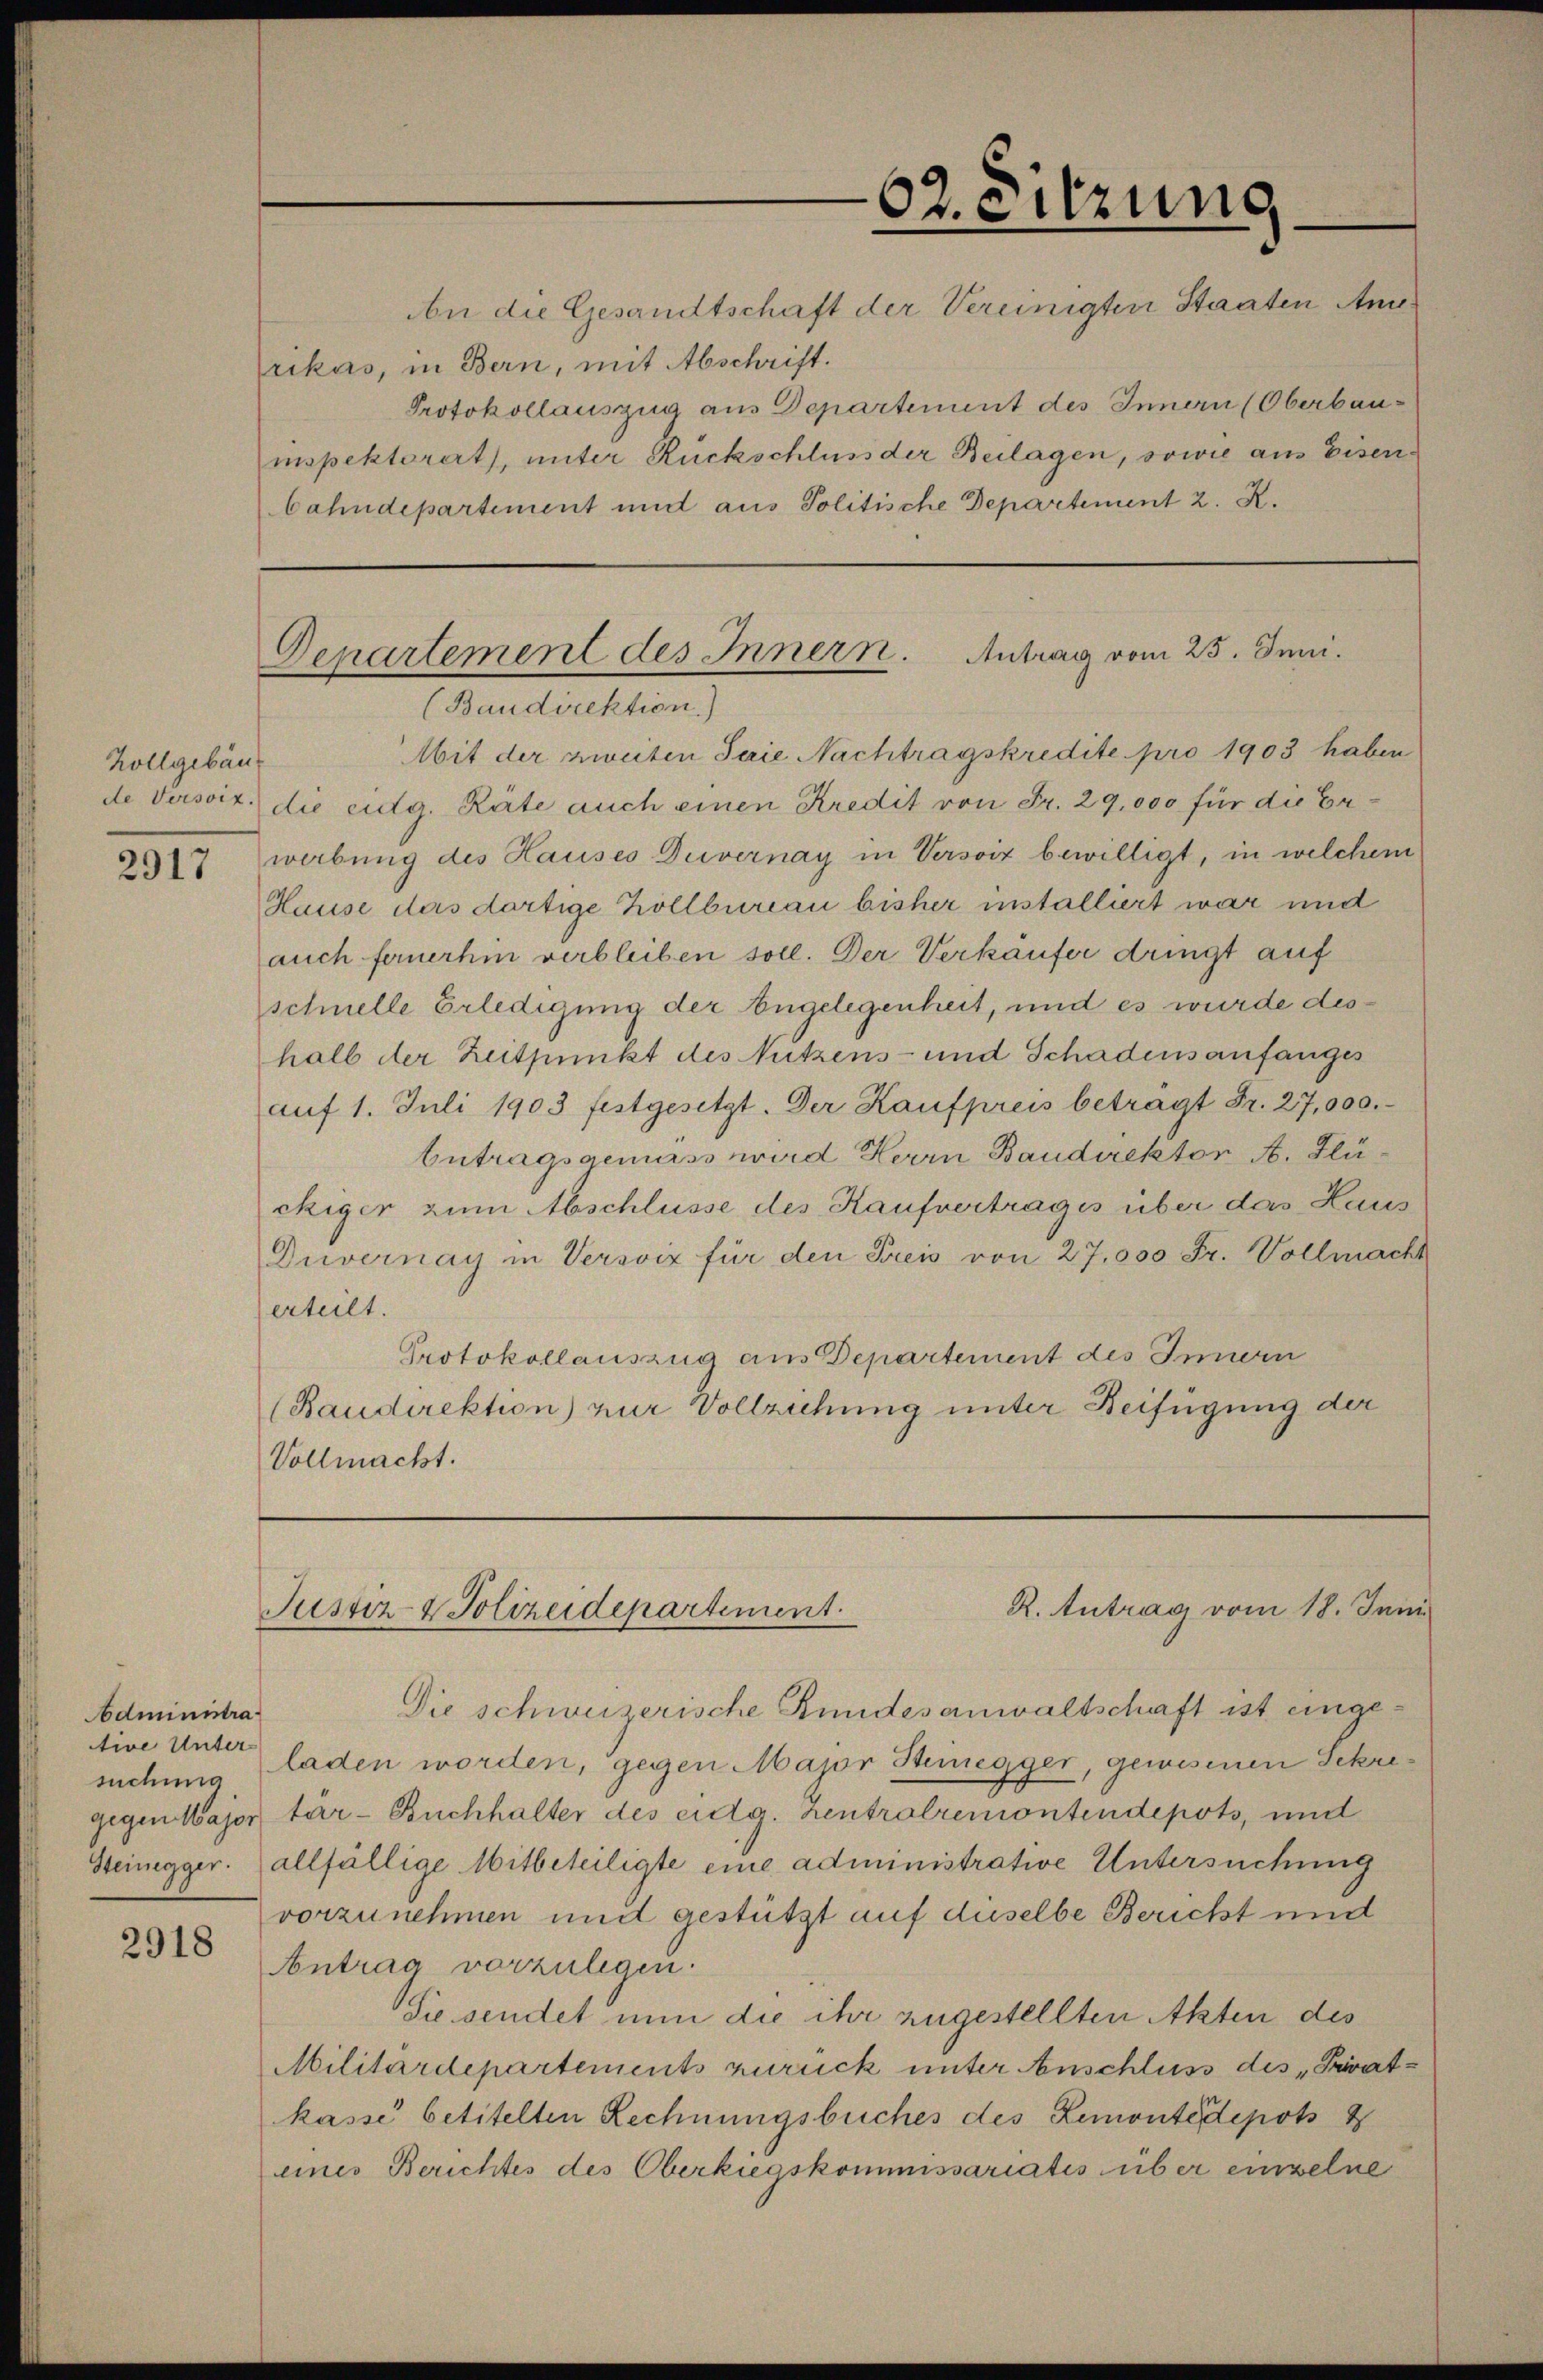
Zollgebäu

2917

Administra
tive Unter

2918

rikas, in Bern, mit Abschrift.
Protokollauszug aus Departement des Innern (Oberbaumspektorert, unter Rückschluss der Beilagen, sowie aus Eisenbahndepartement und aus Politische Departement 2. R.

Mit der zweiten Saie Nachtragskredite pro 1903 haben
de Versoit, die eidg. Räte auch einen Kredit von Fr. 29,000 für die Erwerbung des Hauses Duvernay in Versoiz bewilligt, in welchem
Hause das dortige Höllbureau bisher installirt war und
auch fernerhin verbleiben soll. Der Verkäufer dringt auf
schnelle Erledigung der Angelegenheit, und es wurde deshalb der Zeitpunkt des Nutzens- und Schadensanfanges
aŭf 1. Juli 1903 festgesetzt. Der Kaufpreis betragt Fr. 27,000.
betragsgemäss wird Herrn Baudirektor A. Flückiger zum Abschlüsse des Kaufvertrages über das Haus
Duvernay in Versviz für den Preis von 27,000 Fr. Vollmacht
erteilt.
Protokollauszug aus Departement des Innern
(Baudirektion) zur Vollziehung unter Beifügung der
Vollmacht.

62. eitzung
An die Gesandtschaft der Vereinigten Staaten Ane

Departement des Innern. Antrag vom 25. Juni.
(Baudirektion)

R. Antrag vom 18. Juni
Justiz- & Polizeidepartement.

Die schweizerische Rundesanwaltschaft ist eingesuchung (laden worden, gegen Major Stenegger, gewesenen Sekregegen Major tär-Buchhalter des eidg. Zentrolremontendepots, und
Steinegger. allfällige Mitbeteiligte eine administrative Untersuchung
vorzunehmen mit gestützt auf daselbe Bericht und
Antrag vorzulegen.
Sie sendet nun die ihr zugestellten Akten des
Militärdepartements zurück unter Anschluss des „Privatkasse betitelten Rechnungsbuches des Lemonte depots
eines Berichtes des Oberkiegskommissariatis über einzelne